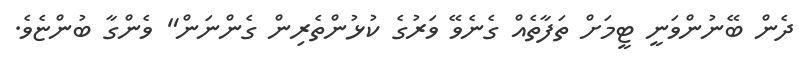
ދެން ބޭނުންވަނީ ޓީމަށް ތަފާތެއް ގެނެވޭ ވަރުގެ ކުޅުންތެރިން ގެންނަން" ވެންގާ ބުންޏެވެ.